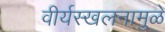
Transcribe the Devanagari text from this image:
वीर्यस्खलनामुळे